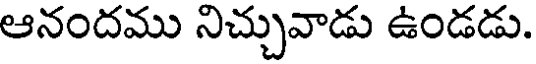
ఆనందము నిచ్చువాడు ఉండడు.